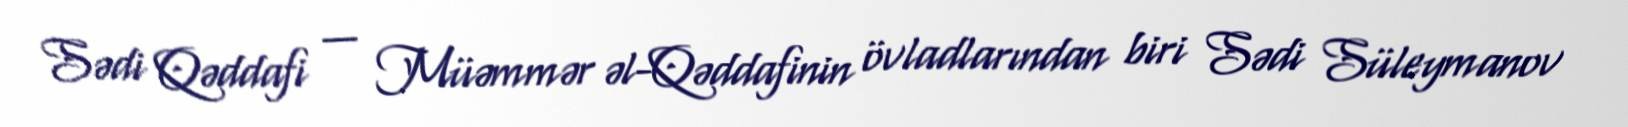
Sədi Qəddafi — Müəmmər əl-Qəddafinin övladlarından biri Sədi Süleymanov